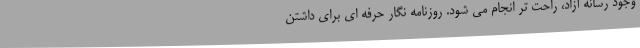
وجود رسانه آزاد، راحت تر انجام می شود. روزنامه نگار حرفه ای برای داشتن